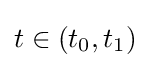
t\in (t_{0},t_{1})